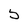
Character: 5